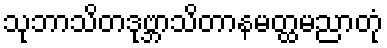
သုဘာသိတဒုဗ္ဘာသိတာနမတ္ထမညာတုံ